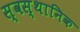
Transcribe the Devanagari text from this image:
स्वस्थानिक